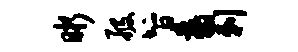
晰般智翥剌